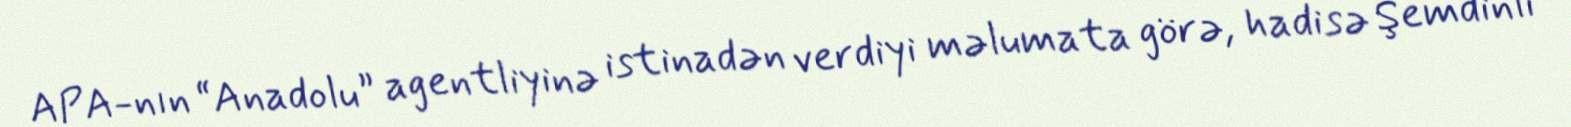
APA-nın “Anadolu” agentliyinə istinadən verdiyi məlumata görə, hadisə Şemdinli